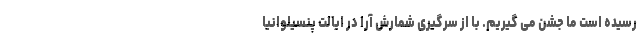
رسیده است ما جشن می گیریم. با از سرگیری شمارش آرا در ایالت پنسیلوانیا